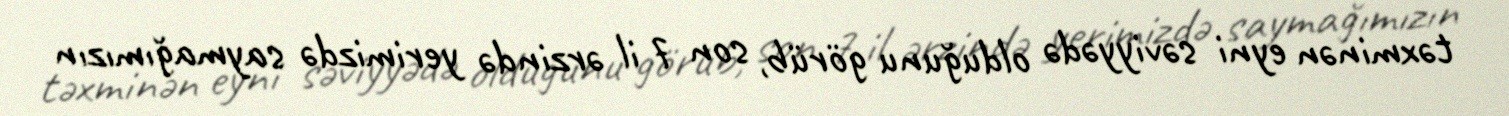
təxminən eyni səviyyədə olduğunu görüb, son 7 il ərzində yerimizdə saymağımızın